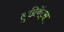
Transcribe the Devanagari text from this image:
लुब्रिकेंट्स